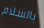
بالسلام